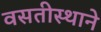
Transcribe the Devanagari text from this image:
वसतीस्थाने